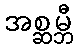
အစ္ဆမ္ဘီ